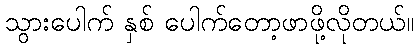
သွားပေါက် နှစ် ပေါက်တော့ဖာဖို့လိုတယ်။